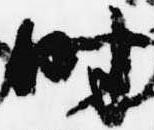
時